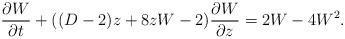
LaTeX: \begin{align*}\frac{\partial W}{\partial t}+((D-2)z+8zW-2)\frac{\partial W}{\partial z} = 2W- 4W^{2}.\end{align*}